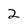
Character: 2